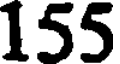
155